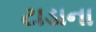
ટાડાના